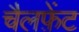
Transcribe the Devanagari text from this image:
चैलफ़ेंट